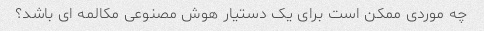
چه موردی ممکن است برای یک دستیار هوش مصنوعی مکالمه ای باشد؟